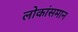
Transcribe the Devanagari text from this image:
लोकांसमान